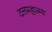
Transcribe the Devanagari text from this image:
दत्तमहात्म्य